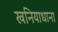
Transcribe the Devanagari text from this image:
खनियाधाना